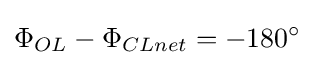
\Phi _{OL}-\Phi _{CLnet}=-180^{\circ }